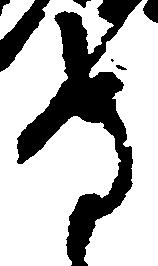
守